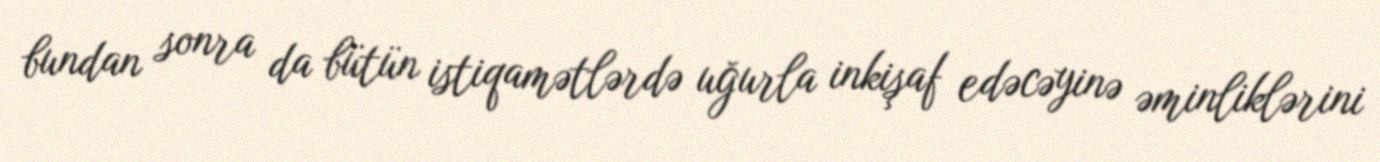
bundan sonra da bütün istiqamətlərdə uğurla inkişaf edəcəyinə əminliklərini